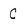
Character: C